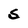
Character: S